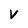
Character: V